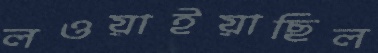
লওয়াইয়াছিল